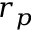
r _ { p }